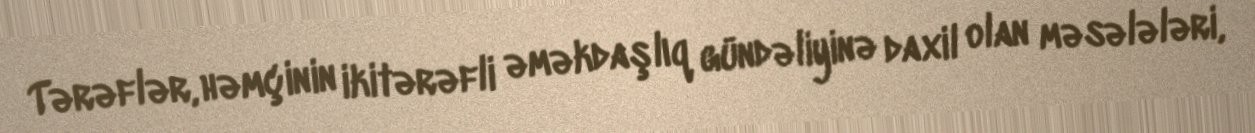
Tərəflər, həmçinin ikitərəfli əməkdaşlıq gündəliyinə daxil olan məsələləri,